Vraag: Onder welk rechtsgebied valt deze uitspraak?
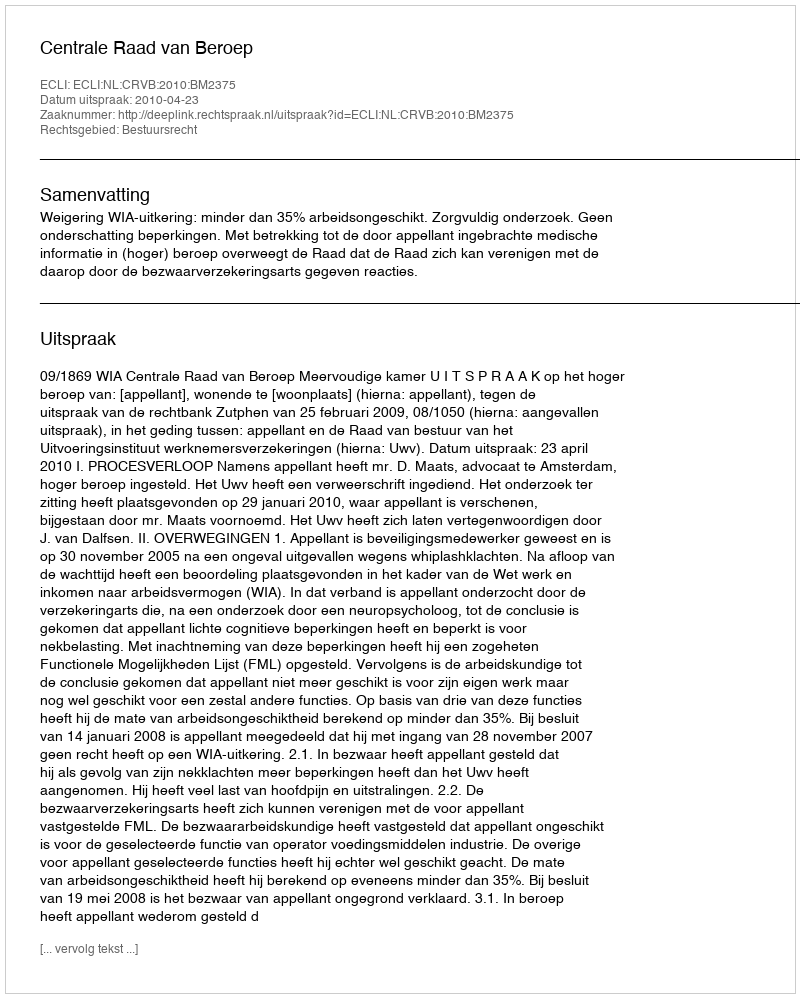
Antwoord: Bestuursrecht